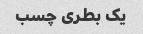
یک بطری چسب